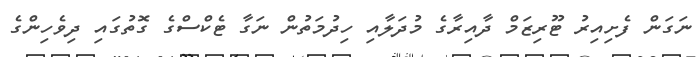
ނަގަން ފެށިއިރު ޓޫރިޒަމް ދާއިރާގެ މުދަލާއި ހިދުމަތުން ނަގާ ޓެކްސްގެ ގޮތުގައި ދިވެހިންގެ